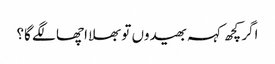
اگر کچھ کہہ بھیدوں تو بھلا اچھا لگے گا؟